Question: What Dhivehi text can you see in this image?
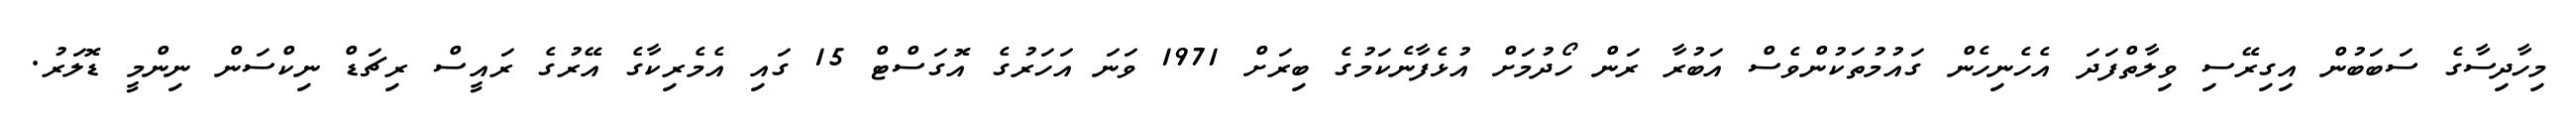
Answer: މިހާދިސާގެ ސަބަބުން އިގިރޭސި ވިލާތްފަދަ އެހެނިހެން ގައުމުތަކުންވެސް އަބުރާ ރަން ހޯދުމަށް އުޅެފާނެކަމުގެ ބިރަށް 1971 ވަނަ އަހަރުގެ އޮގަސްޓް 15 ގައި އެމެރިކާގެ އޭރުގެ ރައީސް ރިޗަޑް ނިކްސަން ނިންމީ ޑޮލަރު.